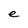
Character: e